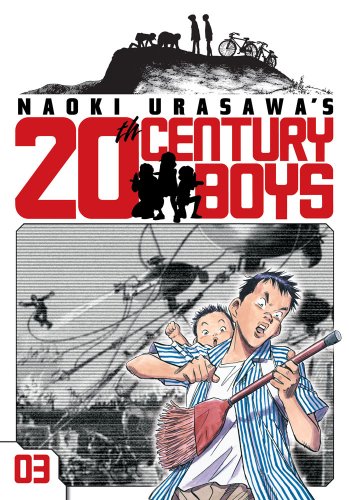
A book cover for Naoki Urasawa's 20th Century Boys, Vol. 3; Naoki Urasawa; Comics & Graphic Novels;